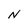
Character: N